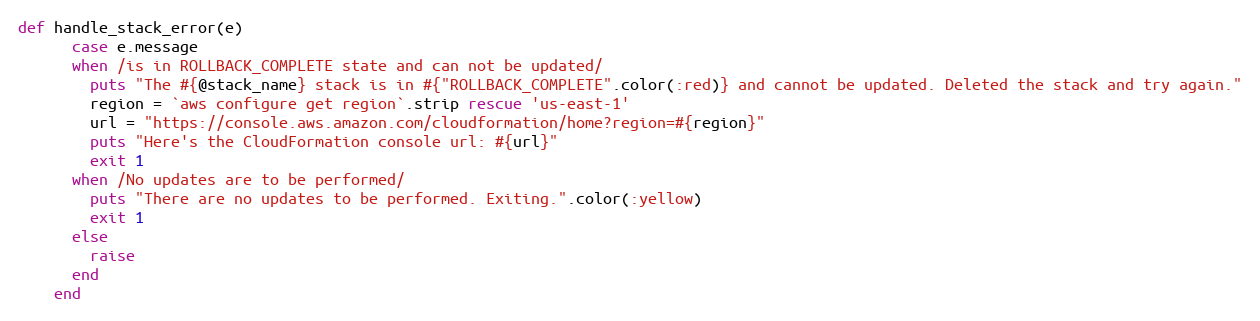
Language: Ruby
def handle_stack_error(e)
      case e.message
      when /is in ROLLBACK_COMPLETE state and can not be updated/
        puts "The #{@stack_name} stack is in #{"ROLLBACK_COMPLETE".color(:red)} and cannot be updated. Deleted the stack and try again."
        region = `aws configure get region`.strip rescue 'us-east-1'
        url = "https://console.aws.amazon.com/cloudformation/home?region=#{region}"
        puts "Here's the CloudFormation console url: #{url}"
        exit 1
      when /No updates are to be performed/
        puts "There are no updates to be performed. Exiting.".color(:yellow)
        exit 1
      else
        raise
      end
    end